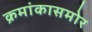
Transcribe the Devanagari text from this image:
क्रमांकासमोर